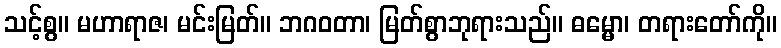
သင့်စွ။ မဟာရာဇ၊ မင်းမြတ်။ ဘဂဝတာ၊ မြတ်စွာဘုရားသည်။ ဓမ္မော၊ တရားတော်ကို။